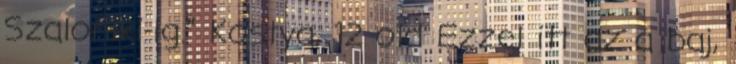
Szaloniki-ig.” Kostya, 12 old Ezzel itt az a baj,